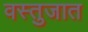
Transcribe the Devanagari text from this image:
वस्तुजात